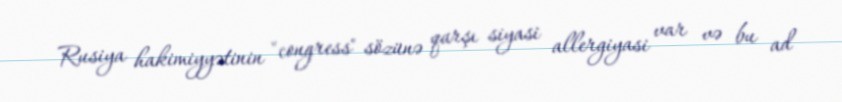
Rusiya hakimiyyətinin "congress" sözünə qarşı siyasi allergiyasi var və bu ad